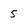
Character: 5